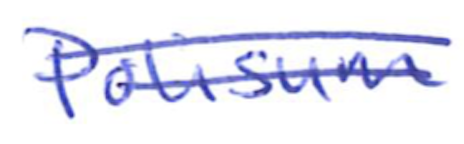
Text: Polisum
Cross-out: double-line
Writing tool: ballpoint